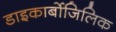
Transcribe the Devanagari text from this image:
डाइकार्बोजिलिक